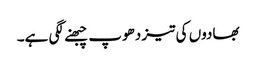
بھادوں کی تیز دھوپ چبھنے لگی ہے۔